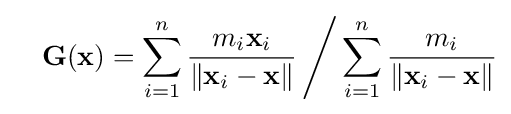
\quad \mathbf {G} (\mathbf {x} )=\sum _{i=1}^{n}{\frac {m_{i}\mathbf {x} _{i}}{\|\mathbf {x} _{i}-\mathbf {x} \|}}\,{\Bigg /}\sum _{i=1}^{n}{\frac {m_{i}}{\|\mathbf {x} _{i}-\mathbf {x} \|}}